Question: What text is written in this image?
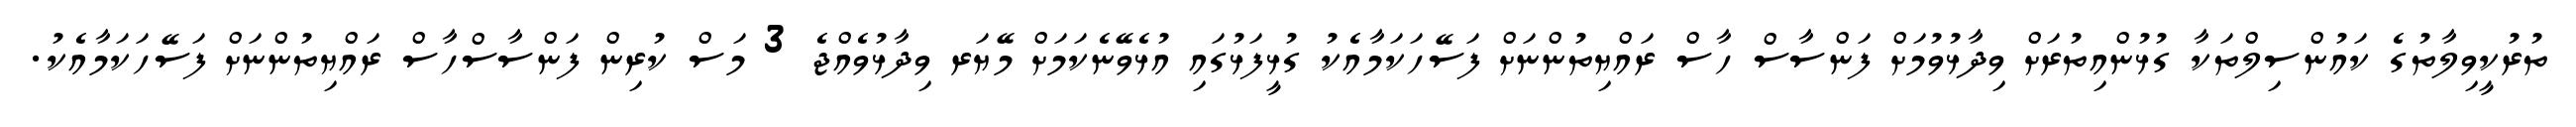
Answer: ތުރުކީވިލާތުގެ ކައުންސިލްތަކާ ގުޅުންއިތުރަށް ވިދާޅުވުމަށް ފަންސާސް ހާސް ރައްޔިތުންނަށް ފަސޭހަކަމާއެކު ގުޅީފަޅުގައި އުޅެވޭނެކަމަށް މޭޔަރ ވިދާޅުވެއްޖެ 3 މަސް ކުރިން ފަންސާސްހާސް ރައްޔިތުންނަށް ފަސޭހަކަމާއެކު.